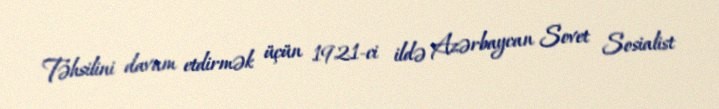
Təhsilini davam etdirmək üçün 1921-ci ildə Azərbaycan Sovet Sosialist